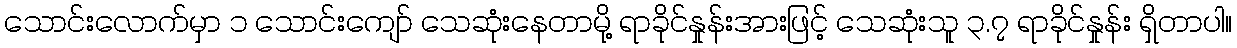
သောင်းလောက်မှာ ၁ သောင်းကျော် သေဆုံးနေတာမို့ ရာခိုင်နှုန်းအားဖြင့် သေဆုံးသူ ၃.၇ ရာခိုင်နှုန်း ရှိတာပါ။